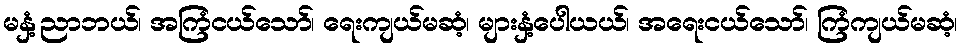
မနှံ့ညာဘယ်၊ အကြံငယ်သော်၊ ရေးကျယ်မဆံ့၊ များနှံ့ပေါယယ်၊ အရေးငယ်သော်၊ ကြံကျယ်မဆံ့၊